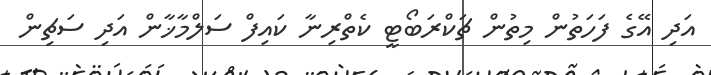
އަދި އޭގެ ފަހަތުން މިތުން ޗަކްރަބޯޓީ ކެތްރިނާ ކައިފް ސަލްމާޚާން އަދި ސަޗިން